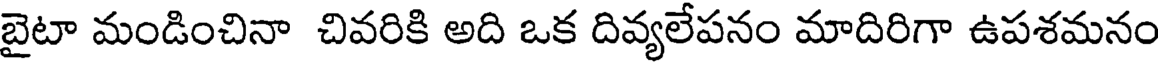
బైటా మండించినా చివరికి అది ఒక దివ్యలేపనం మాదిరిగా ఉపశమనం